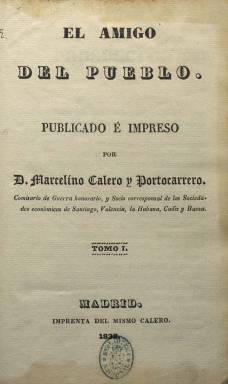
Título: El Amigo del pueblo (Madrid. 1838)
Colección: Periódicos anteriores a 1850
Ámbito geográfico: Madrid
Lugar de publicación: Madrid
Fechas: 01/01/1838-20/07/1838

Fue la última publicación editada e impresa por Marcelino Calero y Portocarrero (1778-1838), de la que salieron 32 entregas desde el tres de abril al 20 de julio de 1838. Confesó que admitía “todos los hechos consumados”, principalmente desde 1836, como defensora de la Constitución de 1837, la segunda promulgada en España tras la del Doce, a iniciativa del Partido Progresista y redactada con el “consenso” del Partido Moderado, para el establecimiento por vez primera del turno de partidos en el sistema político español, hasta que, en 1845, este último impuso la suya propia.

Se trata de una publicación al estilo de las “revistas” que tanto abundaban en Francia o en Inglaterra, se señala en el prospecto de una iniciativa de quien desde el liberalismo se había dedicado a la edición e impresión de periódicos y otras obras, no sólo desde el lejano primer sexenio constitucional (1808-1812), sino desde su exilio en Londres con periódicos del hispanismo inglés, en donde había establecido su Imprenta Española a partir de 1824, que trasladó definitivamente a Madrid en 1832.

Pero los principales redactores de este El Amigo del pueblo no serán otros que el diplomático Mariano Carnerero (1787-1843) y el economista Manuel María Gutiérrez (1775-1850), que firmaron los textos bajo sus iniciales, así como el también diplomático Joaquín Francisco Campuzano (1785-1860), todos ellos también periodistas que habían redactado previamente El Patriota (1835-1837), que había llevado, precisamente, por subtítulo “diario del orden, de la libertad y del crédito público”. Pues también El Amigo… adoptó como “divisa” el orden y la libertad, pues con “libertad” consideraba que se alcanzaría “la paz y la justicia”.

Su formato es en 4º menor, en buen papel. Aparecerá cada martes y viernes (bisemanal), en cuadernos en torno a cuarenta páginas cada uno, compuestas a una columna. Forma tomos mensuales. El primero, hasta el número 8, de 326 páginas; el segundo, hasta el 17, de 358; y el tercero y último, hasta el número 32, de 363 páginas, cuando sus entregas se reducen a 24 páginas. Cada tomo lleva una cubierta y, al final, inserta el correspondiente índice general. Además, al comienzo del segundo y el tercero, unas notas preliminares del editor.

Su plan fue tratar de las siguientes materias: política, legislación y administración; reseña parlamentaria; crónica extranjera; crónica nacional y de provincias, y artículos de literatura y teatros y algunas noticias sueltas. Inserta textos doctrinales sobre teoría de los gobiernos representativos, el régimen constitucional o de la dictadura y del terror; de cuestiones municipales, el trono y los partidos o la clase militar; de diezmos, empréstitos, deuda pública o contribución de guerra; sobre el estado del país y la guerra civil carlista, así como otros artículos de ciencia, agricultura o estadística o unas lecciones de doctrina social, entre otros.

Señaló en su prospecto que sus observaciones las haría “con independencia y lealtad sobre los diversos partidos”, y según la tesis doctoral de María Dolores Sáiz (1979), se trata del periódico más adicto al gran político liberal y economista Juan Álvarez Mendizábal (1790-1853) “en su primera etapa de Gobierno”.

Tras el fallecimiento de Calero y Portocarrero, que en esta última producción editorial aparece como “comisario de Guerra honorario y socio corresponsal de las sociedades económicas de Santiago, Valencia, La Habana, Cádiz y Baeza”, su establecimiento pasó a denominarse Imprenta de la Viuda de Calero.